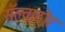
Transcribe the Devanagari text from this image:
सॅल्वाटोर